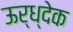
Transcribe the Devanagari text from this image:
ऊर्ध्देक